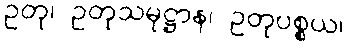
ဥတု၊ ဥတုသမုဋ္ဌာန၊ ဥတုပစ္စယ၊